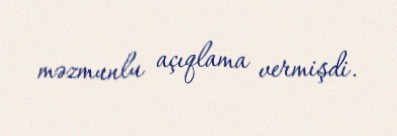
məzmunlu açıqlama vermişdi.